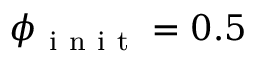
\phi _ { \mathrm { ~ i ~ n ~ i ~ t ~ } } = 0 . 5